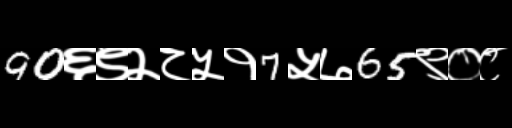
Text: 90६९२८५१7५७65९०८